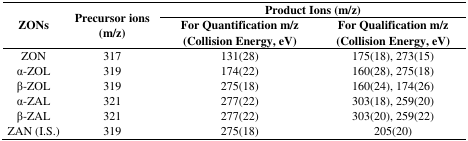
<table><thead><tr><td rowspan="3"><b>ZONs</b></td><td rowspan="3"><b>Precursor ions (m/z)</b></td><td colspan="2"><b>Product Ions (m/z)</b></td></tr><tr><td><b>For Quantification m/z</b></td><td><b>For Qualification m/z</b></td></tr><tr><td><b>(Collision Energy, eV)</b></td><td><b>(Collision Energy, eV)</b></td></tr></thead><tbody><tr><td>ZON</td><td>317</td><td>131(28)</td><td>175(18), 273(15)</td></tr><tr><td>α-ZOL</td><td>319</td><td>174(22)</td><td>160(28), 275(18)</td></tr><tr><td>β-ZOL</td><td>319</td><td>275(18)</td><td>160(24), 174(26)</td></tr><tr><td>α-ZAL</td><td>321</td><td>277(22)</td><td>303(18), 259(20)</td></tr><tr><td>β-ZAL</td><td>321</td><td>277(22)</td><td>303(20), 259(22)</td></tr><tr><td>ZAN (I.S.)</td><td>319</td><td>275(18)</td><td>205(20)</td></tr></tbody></table>